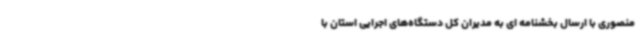
منصوری با ارسال بخشنامه ای به مدیران کل دستگاه‌های اجرایی استان با